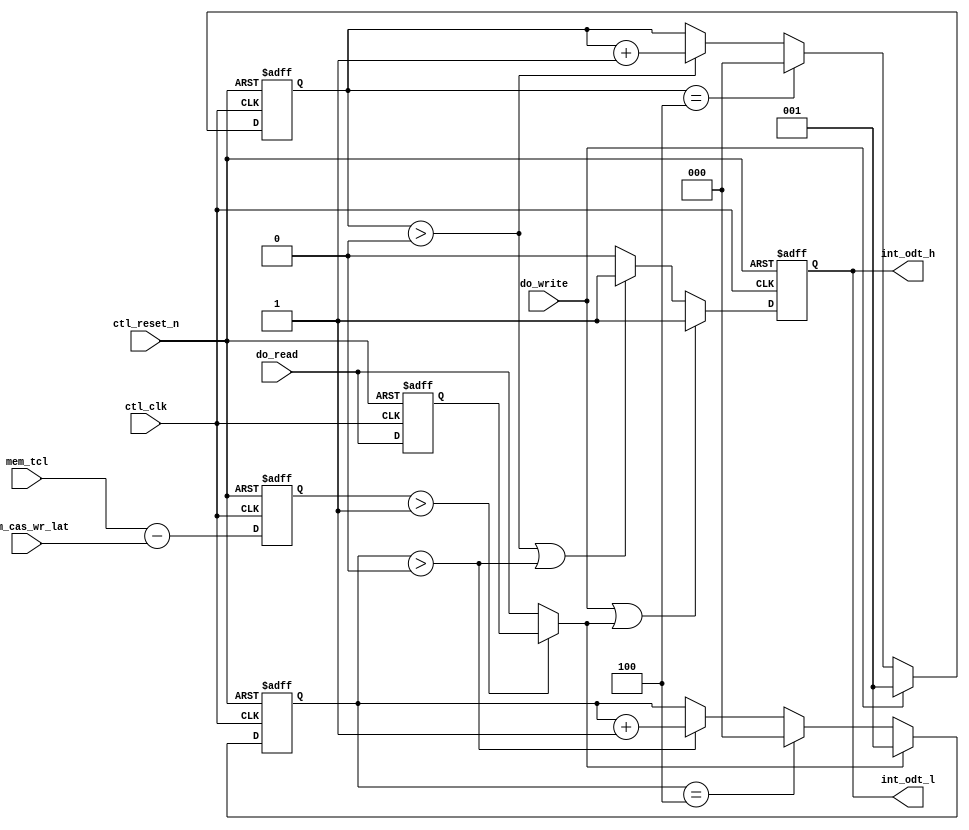
//Legal Notice: (C)2009 Altera Corporation. All rights reserved.  Your
//use of Altera Corporation's design tools, logic functions and other
//software and tools, and its AMPP partner logic functions, and any
//output files any of the foregoing (including device programming or
//simulation files), and any associated documentation or information are
//expressly subject to the terms and conditions of the Altera Program
//License Subscription Agreement or other applicable license agreement,
//including, without limitation, that your use is for the sole purpose
//of programming logic devices manufactured by Altera and sold by Altera
//or its authorized distributors.  Please refer to the applicable
//agreement for further details.

///////////////////////////////////////////////////////////////////////////////
// Title         : DDR3 controller ODT block
//
//
// Abstract      : DDR3 ODT signal generator block
///////////////////////////////////////////////////////////////////////////////

`timescale 1 ps / 1 ps
module alt_ddrx_ddr3_odt_gen
    # (parameter
        DWIDTH_RATIO            =   2,
        TCL_BUS_WIDTH           =   4,
        CAS_WR_LAT_BUS_WIDTH    =   4
    )
    (
        ctl_clk,
        ctl_reset_n,
        mem_tcl,
        mem_cas_wr_lat,
        do_write,
        do_read,
        int_odt_l,
        int_odt_h
    );
    
    input   ctl_clk;
    input   ctl_reset_n;
    input   [TCL_BUS_WIDTH-1:0]         mem_tcl;
    input   [CAS_WR_LAT_BUS_WIDTH-1:0]  mem_cas_wr_lat;
    input   do_write;
    input   do_read;
    output  int_odt_l;
    output  int_odt_h;
    
    wire    do_write;
    wire    int_do_read;
    reg     do_read_r;
    
    wire [3:0]  diff_unreg; // difference between CL and CWL
    reg  [3:0]  diff;
    
    reg     int_odt_l_int;
    reg     int_odt_l_int_r;
    
    wire    int_odt_l;
    wire    int_odt_h;
    reg [2:0]   doing_write_count;
    reg [2:0]   doing_read_count;
    
    // AL also applies to ODT signal so ODT logic is AL agnostic
    // also regdimm because ODT is registered too
    // ODTLon = CWL + AL - 2
    // ODTLoff = CWL + AL - 2
    
    assign  diff_unreg  =   mem_tcl - mem_cas_wr_lat;
    assign  int_do_read =   (diff > 1) ? do_read_r : do_read;
    
    generate
        if (DWIDTH_RATIO == 2) // full rate
            begin
                assign  int_odt_h   = int_odt_l_int;
                assign  int_odt_l   = int_odt_l_int;
            end
        else // half rate
            begin
                assign  int_odt_h   = int_odt_l_int | do_write | (int_do_read & ~|diff);
                assign  int_odt_l   = int_odt_l_int | int_odt_l_int_r;
            end
    endgenerate
    
    always @(posedge ctl_clk, negedge ctl_reset_n)
        begin
            if (!ctl_reset_n)
                diff    <=  0;
            else
                diff    <=  diff_unreg;
        end
    
    always @(posedge ctl_clk, negedge ctl_reset_n)
        begin
            if (!ctl_reset_n)
                do_read_r   <=  0;
            else
                do_read_r   <=  do_read;
        end
    
    always @(posedge ctl_clk, negedge ctl_reset_n)
        begin
            if (!ctl_reset_n)
                doing_write_count   <=  0;
            else
                if (do_write)
                    doing_write_count   <=  1;
                else if ((DWIDTH_RATIO == 2 && doing_write_count == 4) || (DWIDTH_RATIO != 2 && doing_write_count == 1))
                    doing_write_count   <=  0;
                else if (doing_write_count > 0)
                    doing_write_count   <=  doing_write_count + 1'b1;
        end
    
    always @(posedge ctl_clk, negedge ctl_reset_n)
        begin
            if (!ctl_reset_n)
                doing_read_count   <=  0;
            else
                if (int_do_read)
                    doing_read_count   <=  1;
                else if ((DWIDTH_RATIO == 2 && doing_read_count == 4) || (DWIDTH_RATIO != 2 && doing_read_count == 1))
                    doing_read_count   <=  0;
                else if (doing_read_count > 0)
                    doing_read_count   <=  doing_read_count + 1'b1;
        end
    
    always @(posedge ctl_clk, negedge ctl_reset_n)
        begin
            if (!ctl_reset_n)
                int_odt_l_int         <=  1'b0;
            else
                if (do_write || int_do_read)
                    int_odt_l_int         <=  1'b1;
                else if (doing_write_count > 0 || doing_read_count > 0)
                    int_odt_l_int         <=  1'b1;
                else
                    int_odt_l_int         <=  1'b0;
        end
    
    always @(posedge ctl_clk, negedge ctl_reset_n)
        begin
            if (!ctl_reset_n)
                int_odt_l_int_r         <=  1'b0;
            else
                int_odt_l_int_r         <=  int_odt_l_int;
        end

endmodule